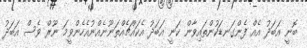
ބޮނީ އަބަދު އެއް ފެންގަނޑަކުންތައިވާން ކަނީ އަބަދު އެކައްޗެއްތަނޫނެއްނުއެހެންވީމަ ނޫރް ވެސް އަބަދު